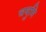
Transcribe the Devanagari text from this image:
चयुमि